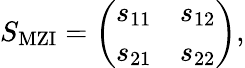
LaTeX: \begin{array}{r}{S_{\mathrm{{MZI}}}=\left(\begin{array}{ll}{s_{11}}&{s_{12}}\\ {s_{21}}&{s_{22}}\end{array}\right),}\end{array}